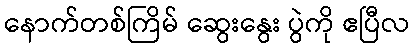
နောက်တစ်ကြိမ် ဆွေးနွေး ပွဲကို ဧပြီလ